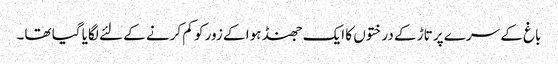
باغ کے سرے پر تاڑ کے درختوں کا ایک جھنڈ ہوا کے زور کو کم کرنے کے لئے لگایا گیا تھا۔